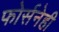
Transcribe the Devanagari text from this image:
फोर्सनेही